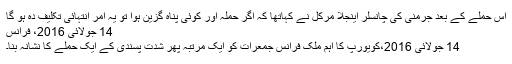
اس حملے کے بعد جرمنی کی چانسلر اینجلا مرکل نے کہاتھا کہ اگر حملہ آور کوئی پناہ گزین ہوا تو یہ امر انتہائی تکلیف دہ ہو گا
14 جولائی 2016، فرانس
14 جولائی 2016،کویورپ کا اہم ملک فرانس جمعرات کو ایک مرتبہ پھر شدت پسندی کے ایک حملے کا نشانہ بنا۔